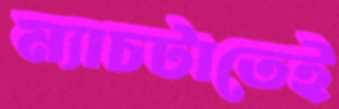
ম্যাচটাতেই